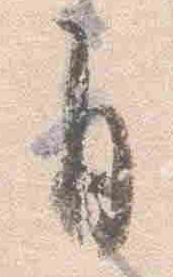
自